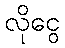
လိုငွေ